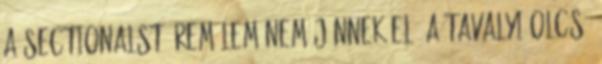
a Sectionalst. Remélem nem jönnek elő a tavalyi olcsó